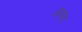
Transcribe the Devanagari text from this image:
प्रण्य